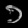
Digit: ၁